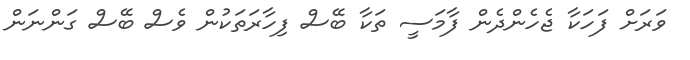
ވަރަށް ފަހަކާ ޖެހެންދެން ފާމަސީ ތަކާ ބޭސް ފިހާރަތަކުން ވެސް ބޭސް ގަންނަން